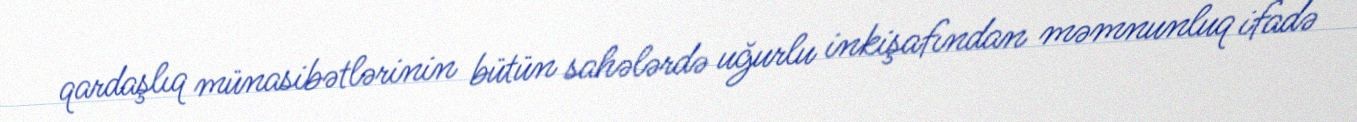
qardaşlıq münasibətlərinin bütün sahələrdə uğurlu inkişafından məmnunluq ifadə